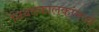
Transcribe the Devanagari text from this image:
नियतकालकांमध्ये